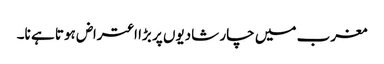
مغرب میں چار شادیوں پر بڑا اعتراض ہوتا ہے نا۔